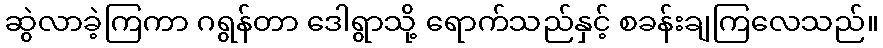
ဆွဲလာခဲ့ကြကာ ဂရွန်တာ ဒေါရွာသို့ ရောက်သည်နှင့် စခန်းချကြလေသည်။